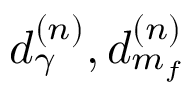
d _ { \gamma } ^ { ( n ) } , d _ { m _ { f } } ^ { ( n ) }